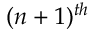
( n + 1 ) ^ { t h }